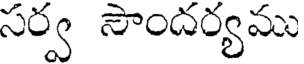
సర్వ సౌందర్యము